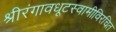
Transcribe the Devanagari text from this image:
श्रीरंगावधूटस्वामीविरचित